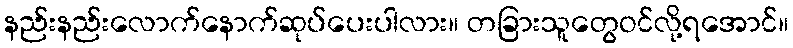
နည်းနည်းလောက်နောက်ဆုပ်ပေးပါလား။ တခြားသူတွေဝင်လို့ရအောင်။